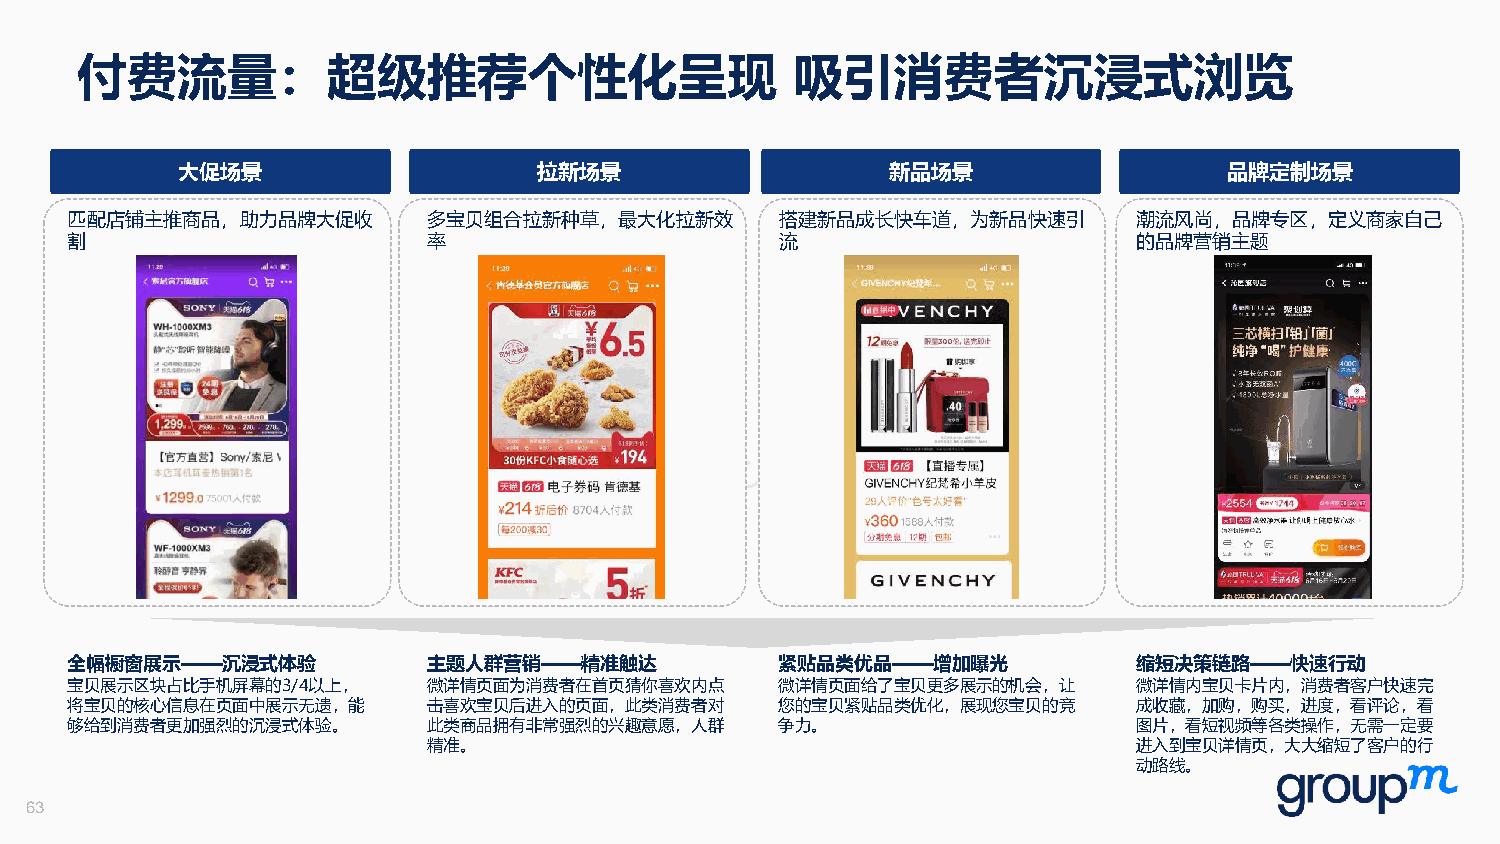
付费流量：超级推荐个性化呈现                                  吸引消费者沉浸式浏览
 大促场景                    拉新场景                   新品场景                  品牌定制场景
 匹配店铺主推商品，助力品牌大促收        多宝贝组合拉新种草，最大化拉新效        搭建新品成长快车道，为新品快速引       潮流风尚，品牌专区，定义商家自己
 割                       率                       流                      的品牌营销主题
 全幅橱窗展示——沉浸式体验           主题人群营销——精准触达            紧贴品类优品——增加曝光           缩短决策链路——快速行动
 宝贝展示区块占比手机屏幕的3/4以上，     微详情页面为消费者在首页猜你喜欢内点      微详情页面给了宝贝更多展示的机会，让     微详情内宝贝卡片内，消费者客户快速完
 将宝贝的核心信息在页面中展示无遗，能      击喜欢宝贝后进入的页面，此类消费者对      您的宝贝紧贴品类优化，展现您宝贝的竞     成收藏，加购，购买，进度，看评论，看
 够给到消费者更加强烈的沉浸式体验。       此类商品拥有非常强烈的兴趣意愿，人群      争力。                    图片，看短视频等各类操作，无需一定要
 精准。                                            进入到宝贝详情页，大大缩短了客户的行
 动路线。
 63